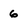
Character: 6